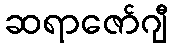
ဆရာဇော်ဂျီ